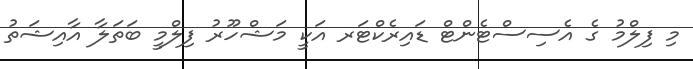
މި ފިލްމު ގެ އެސިސްޓެންޓް ޑައިރެކްޓަރ އަކީ މަޝްހޫރު ފިލްމީ ބަތަލާ އާއިޝަތު